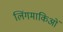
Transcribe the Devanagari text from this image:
लिंगमाकिओं